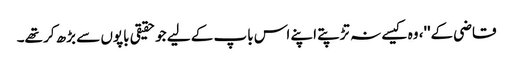
قاضی کے''، وہ کیسے نہ تڑپتے اپنے اس باپ کے لیے جو حقیقی باپوں سے بڑھ کر تھے۔